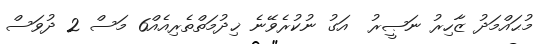
މުޙައްމަދު ޒާހިރު ނަޞީރު  އަގު ނުކުރެވޭނެ ޚިދުމަތްތެރިއެއް6 މަސް 2 ދުވަސް